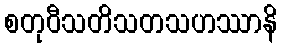
စတုဝီသတိသတသဟဿာနိ